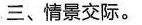
三、情景交际.